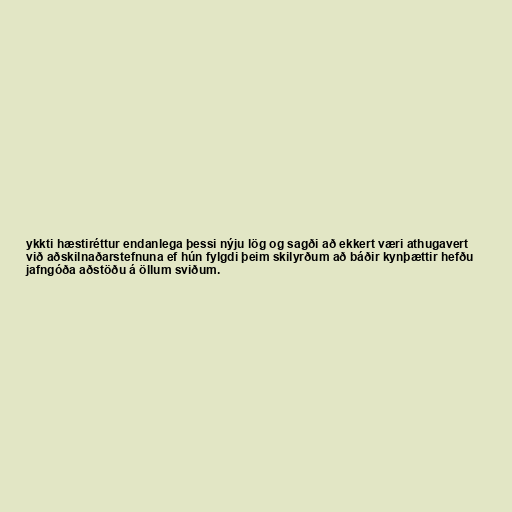
ykkti hæstiréttur endanlega þessi nýju lög og sagði að ekkert væri athugavert
við aðskilnaðarstefnuna ef hún fylgdi þeim skilyrðum að báðir kynþættir hefðu
jafngóða aðstöðu á öllum sviðum.